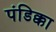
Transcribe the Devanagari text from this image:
पंडिक्का